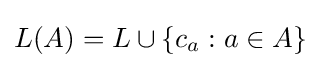
L(A)=L\cup \{c_{a}:a\in A\}